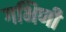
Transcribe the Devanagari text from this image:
गभिणी